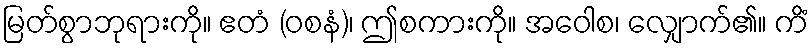
မြတ်စွာဘုရားကို။ ဧတံ (ဝစနံ)၊ ဤစကားကို။ အဝေါစ၊ လျှောက်၏။ ကိံ